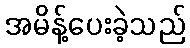
အမိန့်ပေးခဲ့သည်